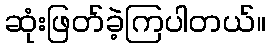
ဆုံးဖြတ်ခဲ့ကြပါတယ်။